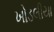
ખોડલીયા